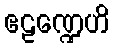
ဧဠဏ္ဍေဟိ